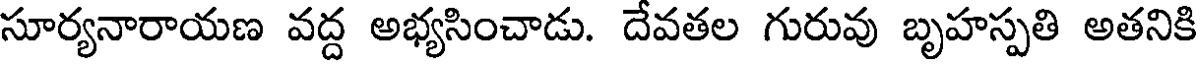
సూర్యనారాయణ వద్ద అభ్యసించాడు. దేవతల గురువు బృహస్పతి అతనికి